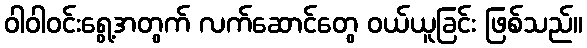
ဝါဝါဝင်းရွေ့အတွက် လက်ဆောင်တွေ ဝယ်ယူခြင်း ဖြစ်သည်။